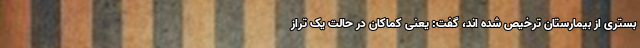
بستری از بیمارستان ترخیص شده اند، گفت: یعنی کماکان در حالت یک تراز